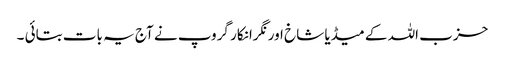
حزب اللہ کے میڈیا شاخ اور نگرانکار گروپ نے آج یہ بات بتائی ۔